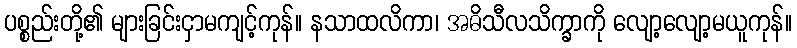
ပစ္စည်းတို့၏ များခြင်းငှာမကျင့်ကုန်။ နသာထလိကာ၊ အဓိသီလသိက္ခာကို လျော့လျော့မယူကုန်။